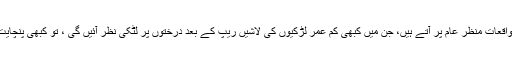
بھارت میں ہر روز ریپ کے درجنوں واقعات منظر عام پر آتے ہیں، جن میں کبھی کم عمر لڑکیوں کی لاشیں ریپ کے بعد درختوں پر لٹکی نظر آئیں گی ، تو کبھی پنچایت کے حکم پر گینگ ریپ ہو جائے گا ۔